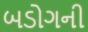
બડોગની